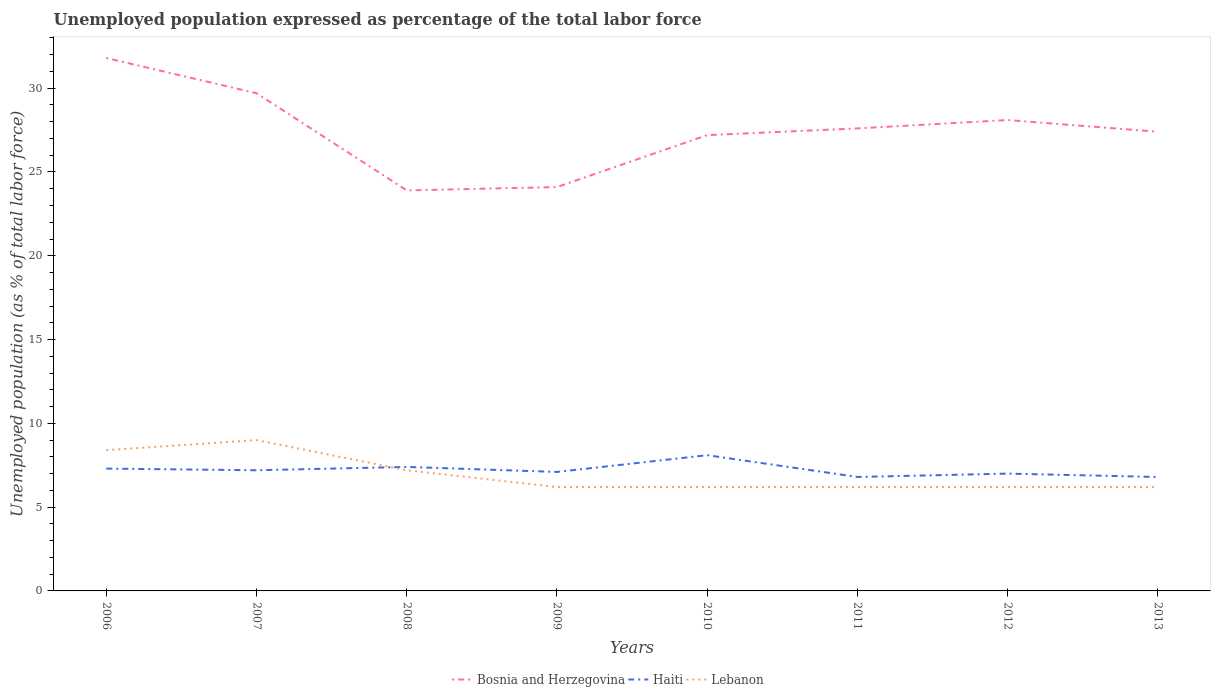
| Years | Bosnia and Herzegovina | Haiti | Lebanon |
 | --- | --- | --- | --- |
 | 2006 | 31.8 | 7.3 | 8.4 |
 | 2007 | 29.7 | 7.2 | 9 |
 | 2008 | 23.9 | 7.4 | 7.2 |
 | 2009 | 24.1 | 7.1 | 6.2 |
 | 2010 | 27.2 | 8.1 | 6.2 |
 | 2011 | 27.6 | 6.8 | 6.2 |
 | 2012 | 28.1 | 7 | 6.2 |
 | 2013 | 27.4 | 6.8 | 6.2 |